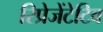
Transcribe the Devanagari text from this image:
रिप्रेजेंटेटिव